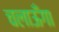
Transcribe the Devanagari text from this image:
चलाऊँगा